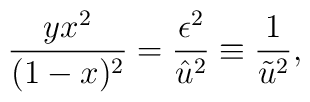
\frac {yx^2}{(1-x)^2} = \frac {\epsilon ^2}{\hat{u}^2} \equiv\frac {1}{\tilde{u}^2},